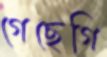
গেছেগি